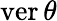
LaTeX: \operatorname{ver}\theta